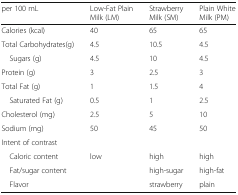
<table><thead><tr><td><b>per 100 mL</b></td><td><b>Low-Fat Plain Milk (LM)</b></td><td><b>Strawberry Milk (SM)</b></td><td><b>Plain White Milk (PM)</b></td></tr></thead><tbody><tr><td>Calories (kcal)</td><td>40</td><td>65</td><td>65</td></tr><tr><td>Total Carbohydrates(g)</td><td>4.5</td><td>10.5</td><td>4.5</td></tr><tr><td> Sugars (g)</td><td>4.5</td><td>10</td><td>4.5</td></tr><tr><td>Protein (g)</td><td>3</td><td>2.5</td><td>3</td></tr><tr><td>Total Fat (g)</td><td>1</td><td>1.5</td><td>4</td></tr><tr><td> Saturated Fat (g)</td><td>0.5</td><td>1</td><td>2.5</td></tr><tr><td>Cholesterol (mg)</td><td>2.5</td><td>5</td><td>10</td></tr><tr><td>Sodium (mg)</td><td>50</td><td>45</td><td>50</td></tr><tr><td colspan="4">Intent of contrast</td></tr><tr><td> Caloric content</td><td>low</td><td>high</td><td>high</td></tr><tr><td> Fat/sugar content</td><td></td><td>high-sugar</td><td>high-fat</td></tr><tr><td> Flavor</td><td></td><td>strawberry</td><td>plain</td></tr></tbody></table>